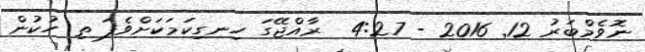
ނޮވެމްބަރު 12